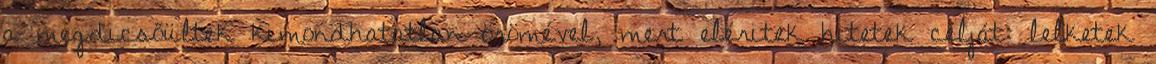
a megdicsőültek kimondhatatlan örömével, mert eléritek hitetek célját: lelketek